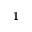
1